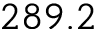
2 8 9 . 2